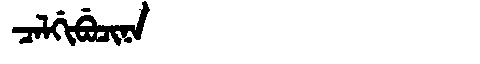
Manchu: ᠴᠠᠯᡤᡳᠪᡠᠴᡳᠨᠠ
Romanization: CALGIBUCINA